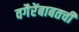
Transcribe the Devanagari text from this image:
वगैरेंबाबतची